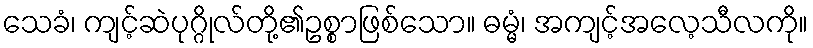
သေခံ၊ ကျင့်ဆဲပုဂ္ဂိုလ်တို့၏ဥစ္စာဖြစ်သော။ ဓမ္မံ၊ အကျင့်အလေ့သီလကို။